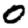
Digit: 0